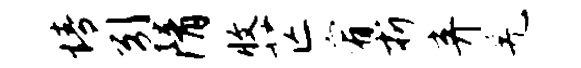
情引隋收芒宥折弃羌